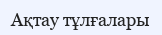
Ақтау тұлғалары